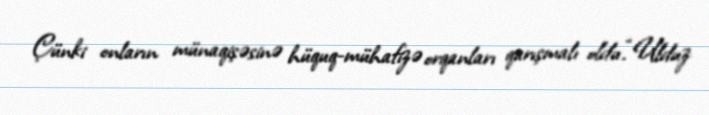
Çünki onların münaqişəsinə hüquq-mühafizə orqanları qarışmalı oldu.“Ulduz